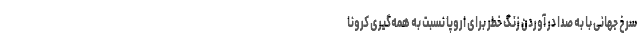
سرخ جهانی با به صدا در آوردن زنگ خطر برای اروپا نسبت به همه‌گیری کرونا